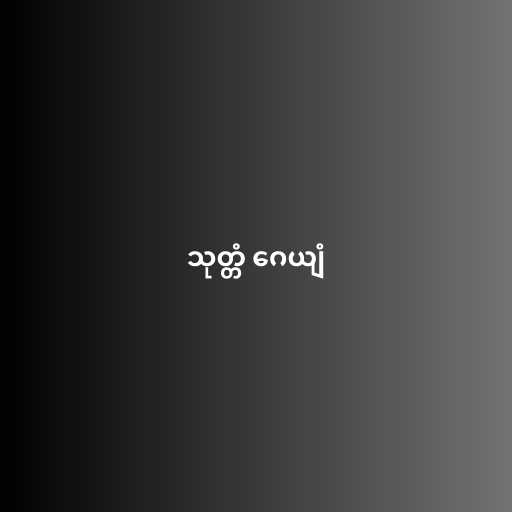
သုတ္တံ ဂေယျံ